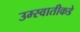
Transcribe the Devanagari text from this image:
उम्स्वातीकडे